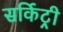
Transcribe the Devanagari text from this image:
सर्किट्री